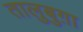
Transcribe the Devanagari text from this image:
तालुबुग़ा